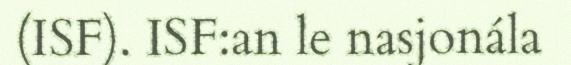
(ISF). ISF:an le nasjonála